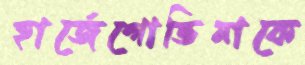
হার্জেগোভিনাকে